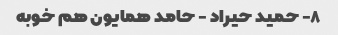
۸- حمید حیراد - حامد همایون هم خوبه�